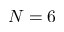
N = 6